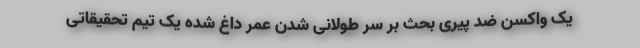
یک واکسن ضد پیری بحث بر سر طولانی شدن عمر داغ شده یک تیم تحقیقاتی